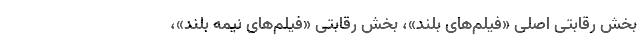
بخش رقابتی اصلی «فیلم‌های بلند»، بخش رقابتی «فیلم‌های نیمه بلند»،